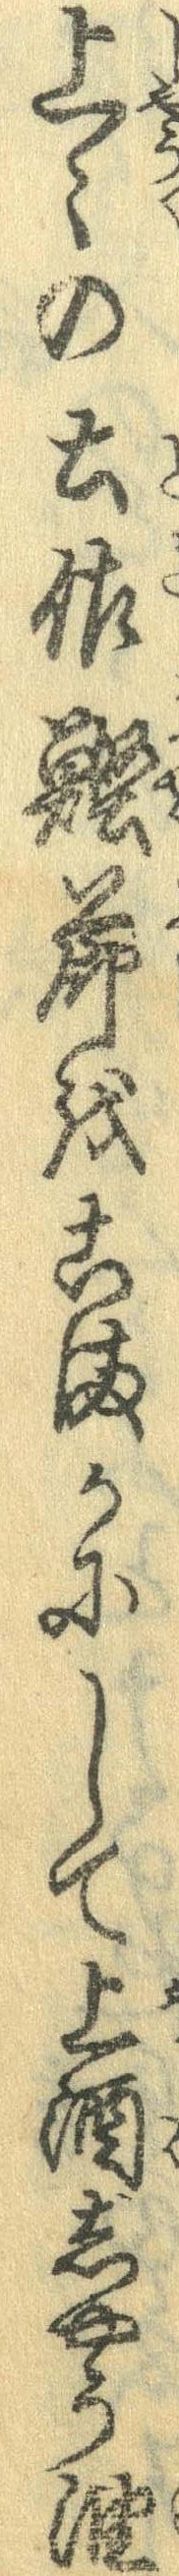
上々の土佐鰹節をこまかにして上酒しゃう油